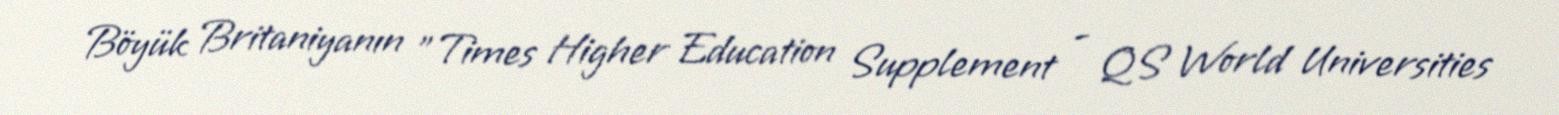
Böyük Britaniyanın "Times Higher Education Supplement - QS World Universities